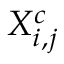
X _ { i , j } ^ { c }